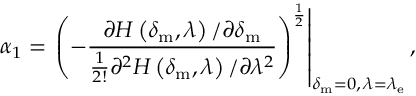
\alpha _ { 1 } = \left. \left( - \frac { \partial H \left( \delta _ { \mathrm { m } } , \lambda \right) / \partial \delta _ { \mathrm { m } } } { \frac { 1 } { 2 ! } \partial ^ { 2 } H \left( \delta _ { \mathrm { m } } , \lambda \right) / \partial \lambda ^ { 2 } } \right) ^ { \frac { 1 } { 2 } } \right| _ { \delta _ { \mathrm { m } } = 0 , \, \lambda = \lambda _ { \mathrm { e } } } ,